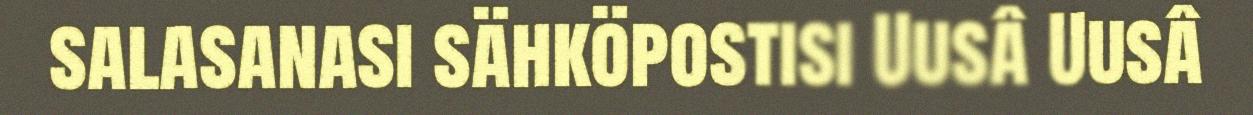
salasanasi sähköpostisi Uusâ Uusâ